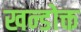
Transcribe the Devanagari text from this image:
खन्डोक्त